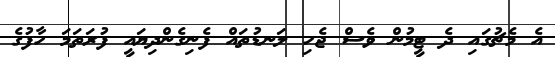
އެ މެޗުގައި ދެ ޓީމުން ވެސް ޖެހި ލަނޑުތައް ފެނިގެންދިޔައީ ފުރަތަމަ ހާފުގެ